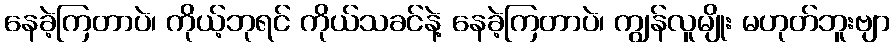
နေခဲ့ကြတာပဲ၊ ကိုယ့်ဘုရင် ကိုယ်သခင်နဲ့ နေခဲ့ကြတာပဲ၊ ကျွန်လူမျိုး မဟုတ်ဘူးဗျာ